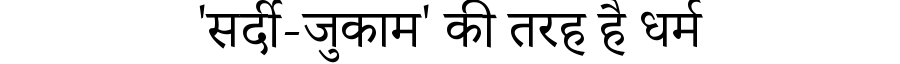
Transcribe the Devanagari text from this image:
'सर्दी-जुकाम' की तरह है धर्म